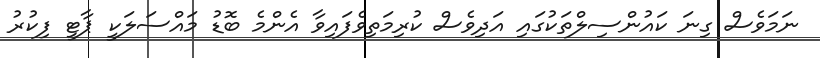
ނަމަވެސް ގިނަ ކައުންސިލްތަކުގައި އަދިވެސް ކުރިމަތިވެފައިވާ އެންމެ ބޮޑު މައްސަލަކީ ޕާޓީ ފިކުރު